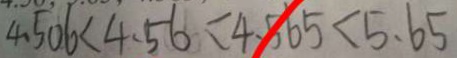
4 . 5 0 6 < 4 . 5 6 < 4 . 5 6 5 < 5 . 6 5